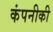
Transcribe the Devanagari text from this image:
कंपनीकी